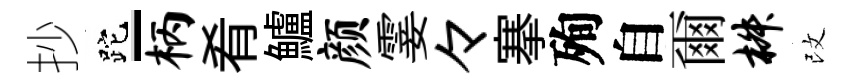
抄跎-柄肴鱸颜霎々搴殉自爾椒改